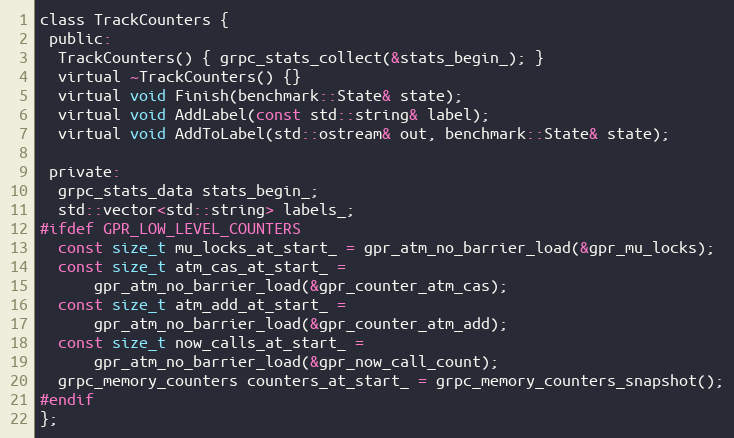
Language: C
class TrackCounters {
 public:
  TrackCounters() { grpc_stats_collect(&stats_begin_); }
  virtual ~TrackCounters() {}
  virtual void Finish(benchmark::State& state);
  virtual void AddLabel(const std::string& label);
  virtual void AddToLabel(std::ostream& out, benchmark::State& state);

 private:
  grpc_stats_data stats_begin_;
  std::vector<std::string> labels_;
#ifdef GPR_LOW_LEVEL_COUNTERS
  const size_t mu_locks_at_start_ = gpr_atm_no_barrier_load(&gpr_mu_locks);
  const size_t atm_cas_at_start_ =
      gpr_atm_no_barrier_load(&gpr_counter_atm_cas);
  const size_t atm_add_at_start_ =
      gpr_atm_no_barrier_load(&gpr_counter_atm_add);
  const size_t now_calls_at_start_ =
      gpr_atm_no_barrier_load(&gpr_now_call_count);
  grpc_memory_counters counters_at_start_ = grpc_memory_counters_snapshot();
#endif
};